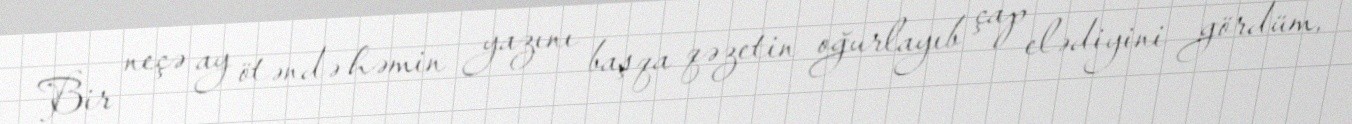
Bir neçə ay ötəndə həmin yazını başqa qəzetin oğurlayıb çap elədiyini gördüm,